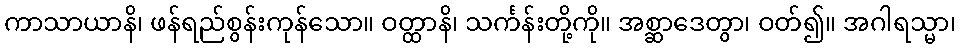
ကာသာယာနိ၊ ဖန်ရည်စွန်းကုန်သော။ ဝတ္ထာနိ၊ သင်္ကန်းတို့ကို။ အစ္ဆာဒေတွာ၊ ဝတ်၍။ အဂါရသ္မာ၊